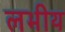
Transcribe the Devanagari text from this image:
लभीय